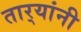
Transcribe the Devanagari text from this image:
तार्‍यांनी